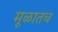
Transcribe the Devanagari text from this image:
मूळातच